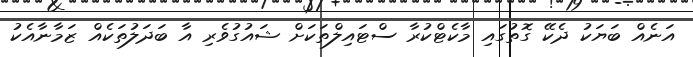
އަނެއް ބަޔަކު ދެކޭ ގޮތުގައި މާކެޓްކުރާ ސްޓައިލްތަކަށް ޝައުގުވެރި އާ ބަދަލުތަކެއް ޒަމާނާއެކު